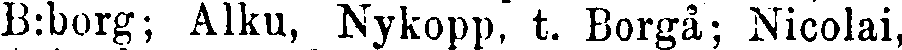
B:borg; Alku, Nykopp, t. Borgå; Nicolai,